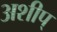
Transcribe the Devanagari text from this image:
अशीप्